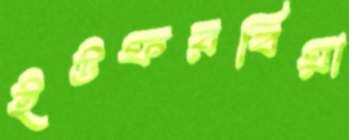
ইউফরবিয়া